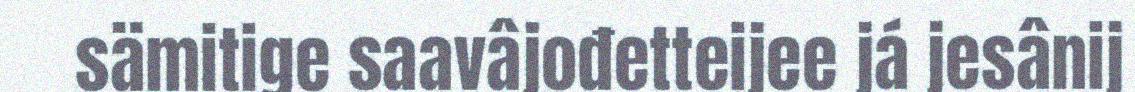
sämitige saavâjođetteijee já jesânij